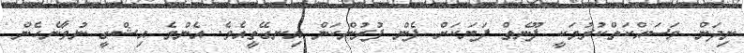
ނިދަން މަސައްކަތްކުރުމަކީ ފޫނެތް ފަޔަކަށް ފެން ފުރުންކަން އިނގޭތީއެވެ. އެންމެ އިޝްގީ ނުވާނެހެން